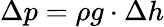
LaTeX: \Delta p=\rho g\cdot\Delta h